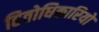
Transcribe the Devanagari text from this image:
हितोधिकारियों